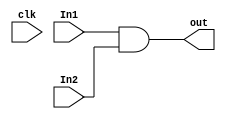
module And_gate (clk, In1, In2, out);
input clk;
input  In1, In2;
output  out;

assign out = In1 & In2;


endmodule


module Add (clk, In1, In2, out);
input clk;
input [31:0] In1, In2;
output [31:0] out;

assign out = In1 + In2;


endmodule

module or_gate(clk, in1 , in2, out);
input clk;
input in1,in2;
output  out;

assign out = (in1 | in2);

endmodule